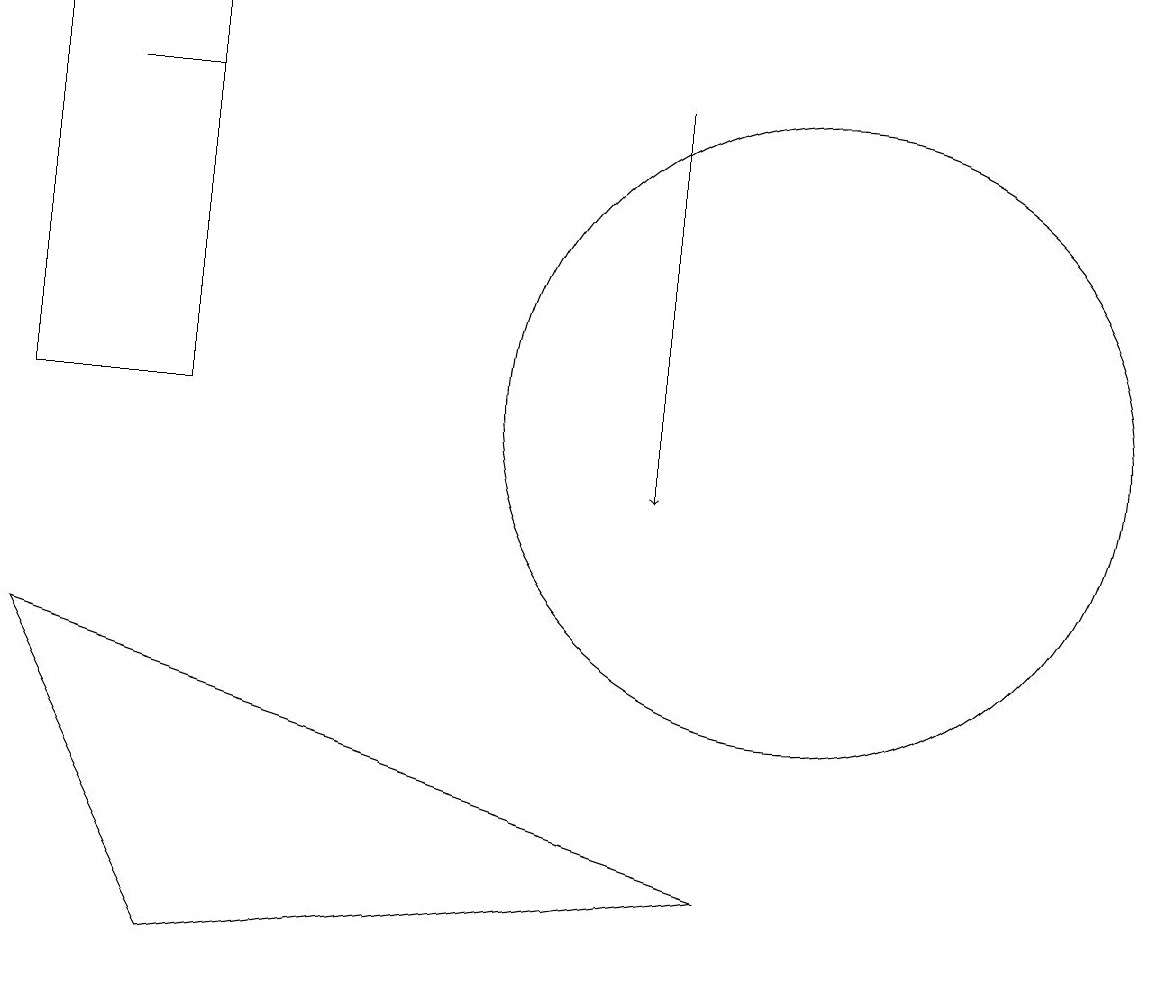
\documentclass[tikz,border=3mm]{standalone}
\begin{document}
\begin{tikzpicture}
\draw (10,11) circle (4);
\draw (2,16) rectangle (0,11);
\draw (1,15) rectangle (2,15);
\draw[->] (8,15) -- (8,10);
\draw (0,8) -- (2,4) -- (9,5) -- cycle;
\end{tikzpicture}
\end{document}